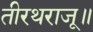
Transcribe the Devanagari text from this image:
तीरथराजू॥